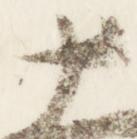
十